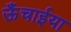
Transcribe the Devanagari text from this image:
ऊँचाईया